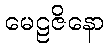
မေဠဇိနော